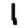
Digit: 1